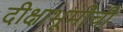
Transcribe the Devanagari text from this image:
दीक्षाभूमीची